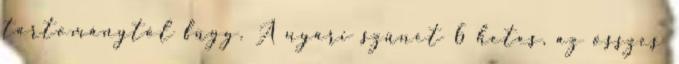
tartománytól függ. A nyári szünet 6 hetes, az összes